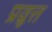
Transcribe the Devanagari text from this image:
प्रव्रूत्त